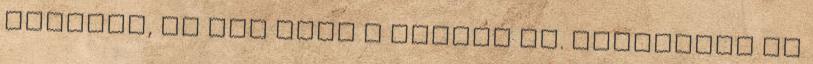
eszközt, és jön vele a trutyi is. Szerintem ez